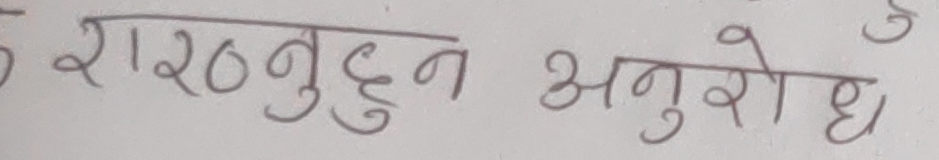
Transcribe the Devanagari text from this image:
रा०वुद्धन अनुरोध